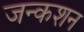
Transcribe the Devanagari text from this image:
जन्कशन